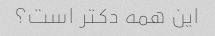
این همه دکتر است؟